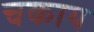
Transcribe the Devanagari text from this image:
चकाय